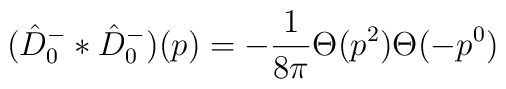
(\hat{D}^-_0 \ast \hat{D}^-_0)(p)=-\frac{1}{8 \pi} \Theta(p^2) \Theta(-p^0)